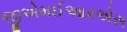
જીએમઈઆરએસ